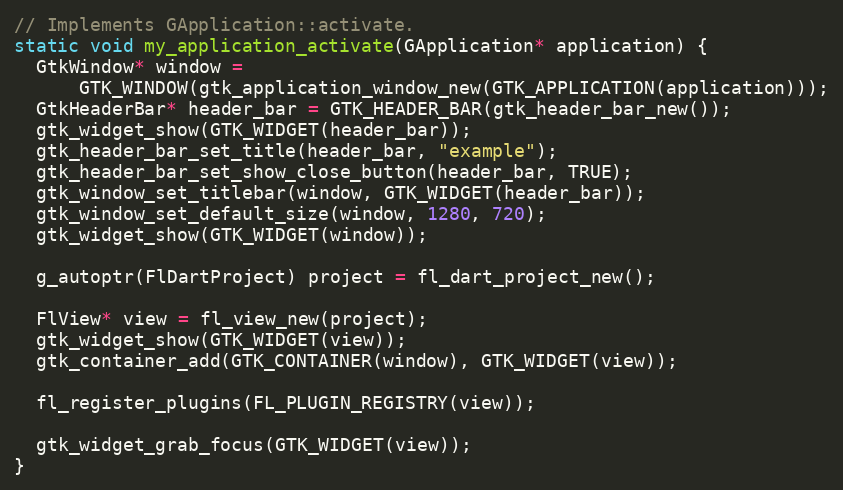
Language: C++
// Implements GApplication::activate.
static void my_application_activate(GApplication* application) {
  GtkWindow* window =
      GTK_WINDOW(gtk_application_window_new(GTK_APPLICATION(application)));
  GtkHeaderBar* header_bar = GTK_HEADER_BAR(gtk_header_bar_new());
  gtk_widget_show(GTK_WIDGET(header_bar));
  gtk_header_bar_set_title(header_bar, "example");
  gtk_header_bar_set_show_close_button(header_bar, TRUE);
  gtk_window_set_titlebar(window, GTK_WIDGET(header_bar));
  gtk_window_set_default_size(window, 1280, 720);
  gtk_widget_show(GTK_WIDGET(window));

  g_autoptr(FlDartProject) project = fl_dart_project_new();

  FlView* view = fl_view_new(project);
  gtk_widget_show(GTK_WIDGET(view));
  gtk_container_add(GTK_CONTAINER(window), GTK_WIDGET(view));

  fl_register_plugins(FL_PLUGIN_REGISTRY(view));

  gtk_widget_grab_focus(GTK_WIDGET(view));
}